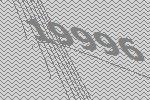
19996